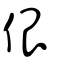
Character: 佷